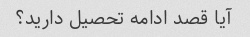
آیا قصد ادامه تحصیل دارید؟